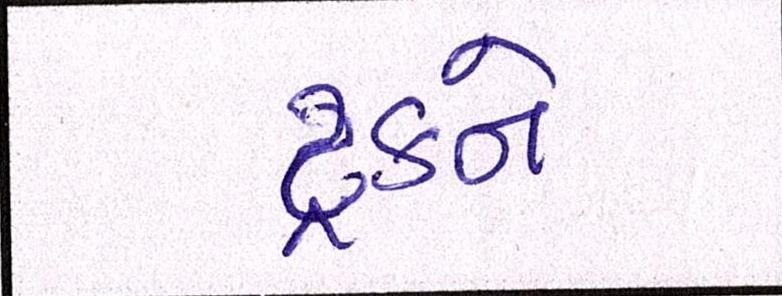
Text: ટ્રકને